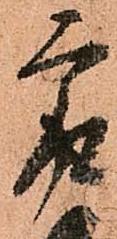
最